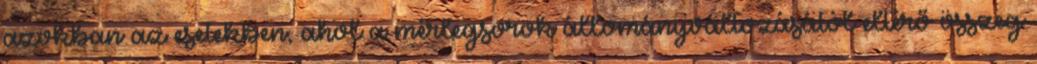
azokban az esetekben, ahol a mérlegsorok állományváltozásától eltérő összeg